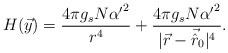
\begin{align*}H(\vec{y}) = \frac {4 \pi g_s N {\alpha '}^2}{r^4} + \frac {4 \pi g_s N {\alpha '}^2}{|\vec{r} - \vec{\hat{r}}_0|^4}.\end{align*}